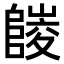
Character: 𨻪